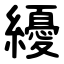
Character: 纋